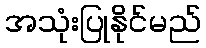
အသုံးပြုနိုင်မည်